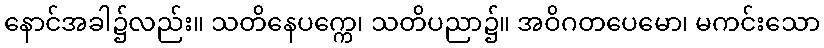
နောင်အခါ၌လည်း။ သတိနေပက္ကေ၊ သတိပညာ၌။ အဝိဂတပေမော၊ မကင်းသော